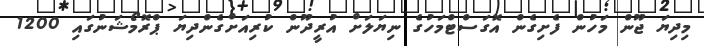
މިދިޔަަ ޖޫން މަހުން ފެށިގެން އޮގަސްޓްމަހުގެ ނިޔަލަށް އުރީދޫން ކުރިއަށްގެންދިޔަ ޕްރޮމޯޝަނުގައި 1200